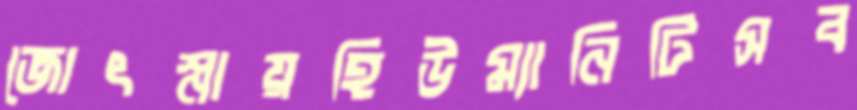
জোৎস্নায়হিউম্যানিটিসব